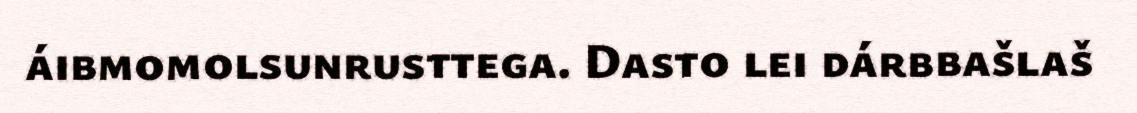
áibmomolsunrusttega. Dasto lei dárbbašlaš